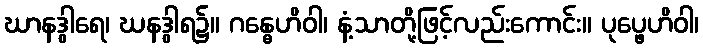
ဃာနဒွါရေ၊ ဃနဒွါရ၌။ ဂန္ဓေဟိဝါ၊ နံ့သာတို့ဖြင့်လည်းကောင်း။ ပုပ္ဖေဟိဝါ၊